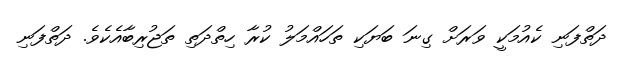
ދަތްފަނި ކެއުމަކީ ވަރަށް ގިނަ ބަޔަކި ތަހައްމަލު ކުރާ ހިތްދަތި ތަޖުރިބާއެކެވެ. ދަތްފަނި